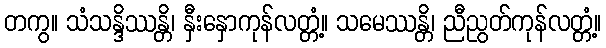
တကွ။ သံသန္ဒိဿန္တိ၊ နှီးနှောကုန်လတ္တံ့။ သမေဿန္တိ၊ ညီညွတ်ကုန်လတ္တံ့။